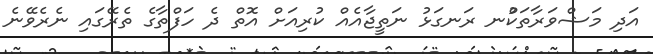
އަދި މަޝްވަރާތަކުްނ ރަނގަޅު ނަތީޖާއެއް ކުރިއަށް އޮތް ދެ ހަފްތާގެ ތެރޭގައި ނެރެވޭނެ